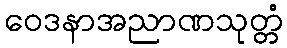
ဝေဒနာအညာဏသုတ္တံ